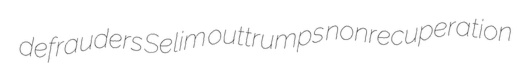
defrauders Selim outtrumps nonrecuperation